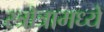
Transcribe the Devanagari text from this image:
स्त्रोत्रामध्ये